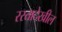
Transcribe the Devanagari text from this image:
रस्तादेखील